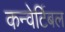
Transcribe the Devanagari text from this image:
कन्वेर्टिबल